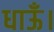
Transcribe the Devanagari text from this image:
धाऊँ।